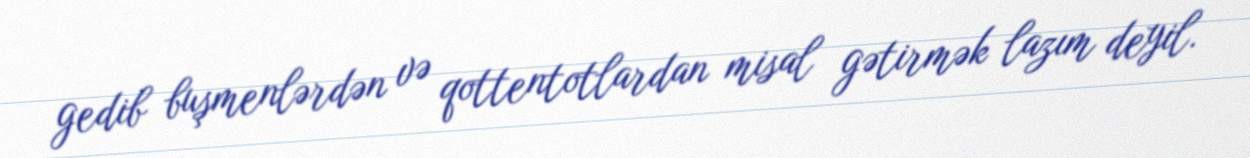
gedib buşmenlərdən və qottentotlardan misal gətirmək lazım deyil.